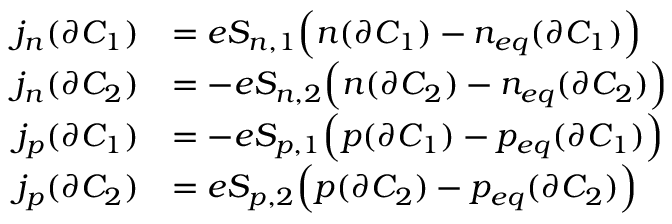
\begin{array} { r } { \begin{array} { r l } { j _ { n } ( \partial C _ { 1 } ) } & { = e S _ { n , 1 } \Big ( n ( \partial C _ { 1 } ) - n _ { e q } ( \partial C _ { 1 } ) \Big ) } \\ { j _ { n } ( \partial C _ { 2 } ) } & { = - e S _ { n , 2 } \Big ( n ( \partial C _ { 2 } ) - n _ { e q } ( \partial C _ { 2 } ) \Big ) } \\ { j _ { p } ( \partial C _ { 1 } ) } & { = - e S _ { p , 1 } \Big ( p ( \partial C _ { 1 } ) - p _ { e q } ( \partial C _ { 1 } ) \Big ) } \\ { j _ { p } ( \partial C _ { 2 } ) } & { = e S _ { p , 2 } \Big ( p ( \partial C _ { 2 } ) - p _ { e q } ( \partial C _ { 2 } ) \Big ) } \end{array} } \end{array}